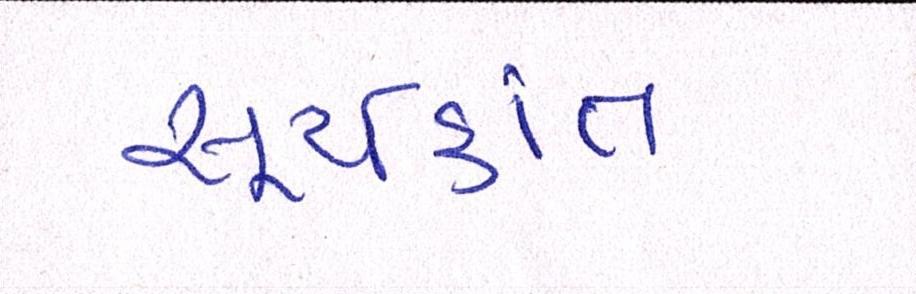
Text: સૂર્યકાંત